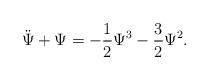
LaTeX: \begin{align*}\ddot{\Psi} + \Psi = - \frac{1}{2} \Psi^{3}- \frac{3}{2} \Psi^{2}. \end{align*}